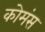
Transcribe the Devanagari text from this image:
कोमंस